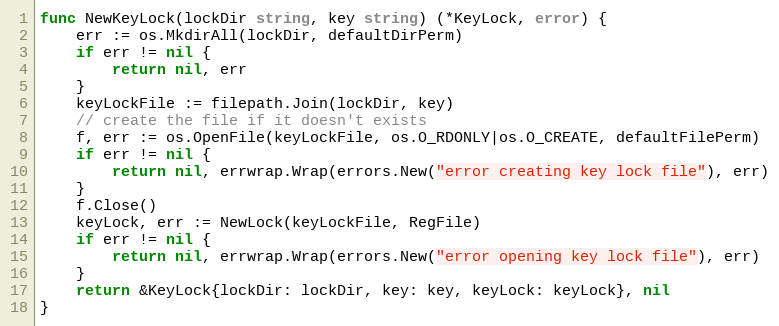
Language: Go
func NewKeyLock(lockDir string, key string) (*KeyLock, error) {
	err := os.MkdirAll(lockDir, defaultDirPerm)
	if err != nil {
		return nil, err
	}
	keyLockFile := filepath.Join(lockDir, key)
	// create the file if it doesn't exists
	f, err := os.OpenFile(keyLockFile, os.O_RDONLY|os.O_CREATE, defaultFilePerm)
	if err != nil {
		return nil, errwrap.Wrap(errors.New("error creating key lock file"), err)
	}
	f.Close()
	keyLock, err := NewLock(keyLockFile, RegFile)
	if err != nil {
		return nil, errwrap.Wrap(errors.New("error opening key lock file"), err)
	}
	return &KeyLock{lockDir: lockDir, key: key, keyLock: keyLock}, nil
}